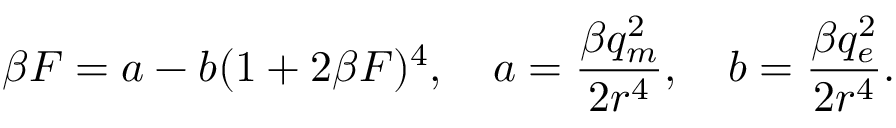
\beta { \cal F } = a - b ( 1 + 2 \beta { \cal F } ) ^ { 4 } , ~ ~ ~ a = \frac { \beta q _ { m } ^ { 2 } } { 2 r ^ { 4 } } , ~ ~ ~ b = \frac { \beta q _ { e } ^ { 2 } } { 2 r ^ { 4 } } .